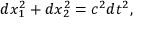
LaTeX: d x _ { 1 } ^ { 2 } + d x _ { 2 } ^ { 2 } = c ^ { 2 } d t ^ { 2 } ,